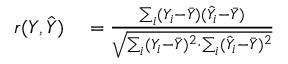
\begin{array} { r l } { r ( Y , { \hat { Y } } ) } & { { } = { \frac { \sum _ { i } ( Y _ { i } - { \bar { Y } } ) ( { \hat { Y } } _ { i } - { \bar { Y } } ) } { \sqrt { \sum _ { i } ( Y _ { i } - { \bar { Y } } ) ^ { 2 } \cdot \sum _ { i } ( { \hat { Y } } _ { i } - { \bar { Y } } ) ^ { 2 } } } } } \end{array}